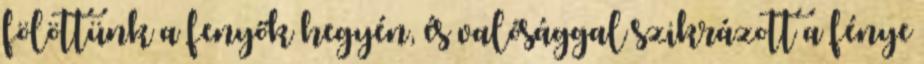
fölöttünk a fenyők hegyén, és valósággal szikrázott a fénye